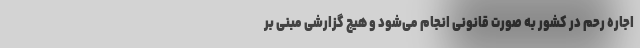
اجاره رحم در کشور به صورت قانونی انجام می‌شود و هیچ گزارشی مبنی بر